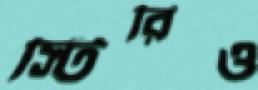
স্টিরিও